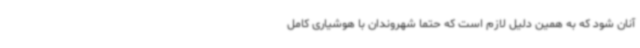
آنان شود که به همین دلیل لازم است که حتما شهروندان با هوشیاری کامل